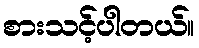
စားသင့်ပါတယ်။